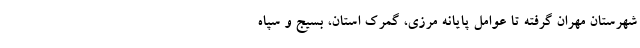
شهرستان مهران گرفته تا عوامل پایانه مرزی، گمرک استان، بسیج و سپاه